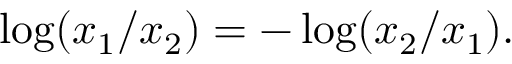
\log ( x _ { 1 } / x _ { 2 } ) = - \log ( x _ { 2 } / x _ { 1 } ) .